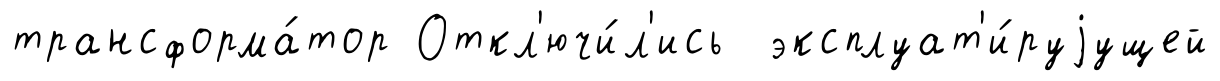
трансформа́тор Откл'ючи́л'ись эксплуат'и́руjущей